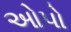
ઓપો